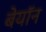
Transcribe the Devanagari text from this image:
बेयॉन